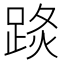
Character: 𨁣